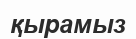
қырамыз